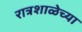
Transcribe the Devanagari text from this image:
रात्रशाळेच्या